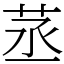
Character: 䒱